Annual report on the working of the lock hospitals in the North-Western Provinces and Oudh
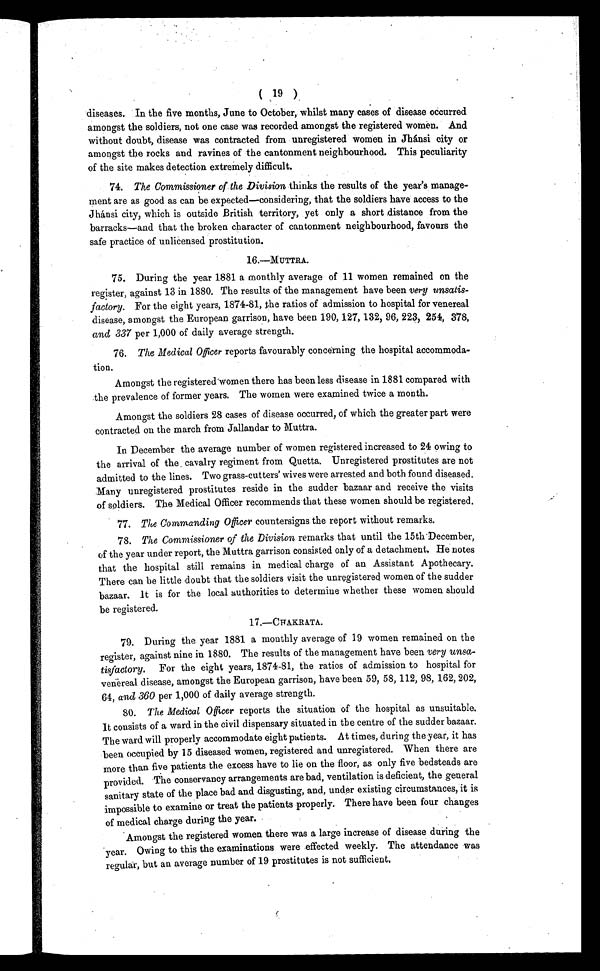
( 19 )
diseases. In the five months, June to October, whilst many cases of disease occurred
amongst the soldiers, not one case was recorded amongst the registered women. And
without doubt, disease was contracted from unregistered women in Jhánsi city or
amongst the rocks and ravines of the cantonment neighbourhood. This peculiarity
of the site makes detection extremely difficult.
74. The Commissioner of the Division thinks the results of the year's manage-
ment are as good as can be expected—considering, that the soldiers have access to the
Jhánsi city, which is outside British territory, yet only a short distance from the
barracks—and that the broken character of cantonment neighbourhood, favours the
safe practice of unlicensed prostitution.
16.—MUTTRA.
75. During the year 1881 a monthly average of 11 women remained on the
register, against 13 in 1880. The results of the management have been very unsatis-
factory. For the eight years, 1874-81, the ratios of admission to hospital for venereal
disease, amongst the European garrison, have been 190, 127, 132, 96, 223, 254, 378,
and 337 per 1,000 of daily average strength.
76. The Medical Officer reports favourably concerning the hospital accommoda-
tion.
Amongst the registered women there has been less disease in 1881 compared with
the prevalence of former years. The women were examined twice a month.
Amongst the soldiers 28 cases of disease occurred, of which the greater part were
contracted on the march from Jallandar to Muttra.
In December the average number of women registered increased to 24 owing to
the arrival of the cavalry regiment from Quetta. Unregistered prostitutes are not
admitted to the lines. Two grass-cutters' wives were arrested and both found diseased.
Many unregistered prostitutes reside in the sudder bazaar and receive the visits
of soldiers. The Medical Officer recommends that these women should be registered.
77. The Commanding Officer countersigns the report without remarks.
78. The Commissioner of the Division remarks that until the 15th December,
of the year under report, the Muttra garrison consisted only of a detachment. He notes
that the hospital still remains in medical charge of an Assistant Apothecary.
There can be little doubt that the soldiers visit the unregistered women of the sudder
bazaar. It is for the local authorities to determine whether these women should
be registered.
17.—CHAKRATA.
79. During the year 1881 a monthly average of 19 women remained on the
register, against nine in 1880. The results of the management have been very unsa-
tisfactory. For the eight years, 1874-81, the ratios of admission to hospital for
venereal disease, amongst the European garrison, have been 59, 58, 112, 98, 162, 202,
64, and 360 per 1,000 of daily average strength.
80. The Medical Officer reports the situation of the hospital as unsuitable.
It consists of a ward in the civil dispensary situated in the centre of the sudder bazaar.
The ward will properly accommodate eight patients. At times, during the year, it has
been occupied by 15 diseased women, registered and unregistered. When there are
more than five patients the excess have to lie on the floor, as only five bedsteads are
provided. The conservancy arrangements are bad, ventilation is deficient, the general
sanitary state of the place bad and disgusting, and, under existing circumstances, it is
impossible to examine or treat the patients properly. There have been four changes
of medical charge during the year.
Amongst the registered women there was a large increase of disease during the
year. Owing to this the examinations were effected weekly. The attendance was
regular, but an average number of 19 prostitutes is not sufficient.